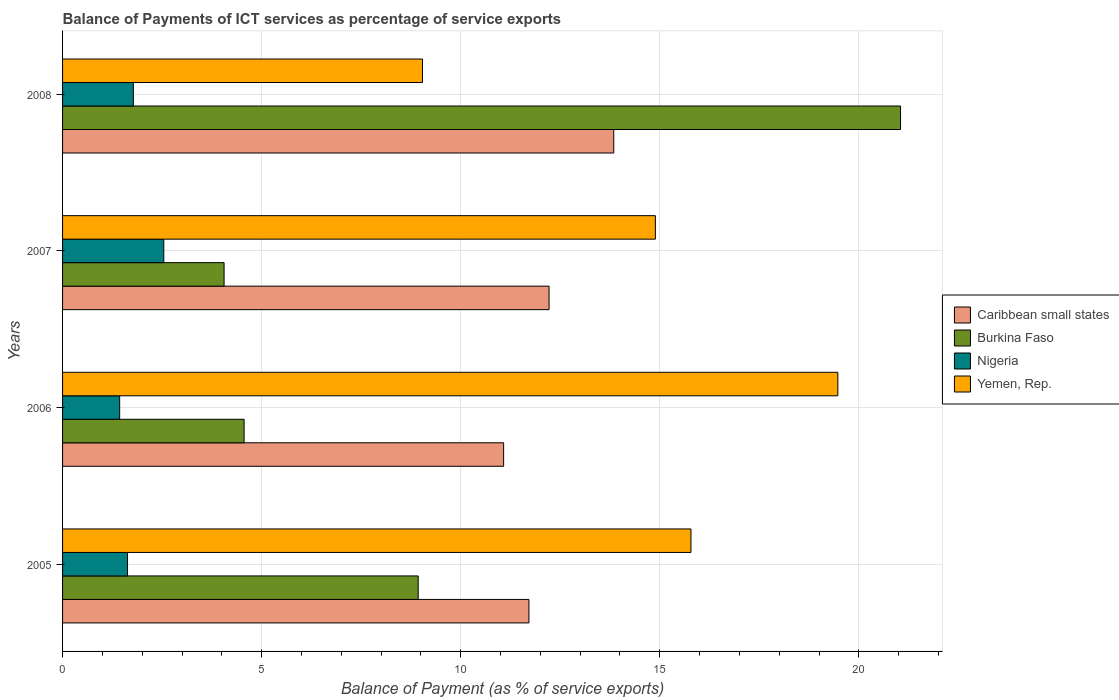
| Years | Caribbean small states | Burkina Faso | Nigeria | Yemen, Rep. |
 | --- | --- | --- | --- | --- |
 | 2005 | 11.7 | 8.93 | 1.63 | 15.8 |
 | 2006 | 11.1 | 4.56 | 1.43 | 19.5 |
 | 2007 | 12.2 | 4.06 | 2.54 | 14.9 |
 | 2008 | 13.8 | 21 | 1.78 | 9.04 |